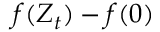
f ( Z _ { t } ) - f ( 0 )